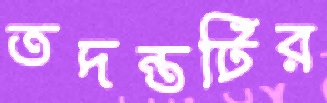
তদন্তটির